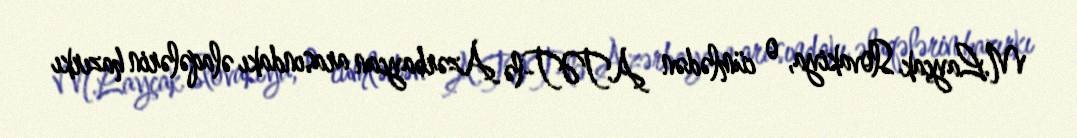
M.Layçak Slovakiya, o cümlədən ATƏT-lə Azərbaycan arasındakı əlaqələrin hazırkı